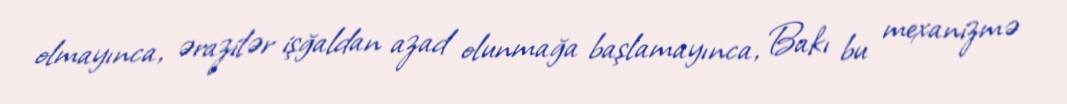
olmayınca, ərazilər işğaldan azad olunmağa başlamayınca, Bakı bu mexanizmə